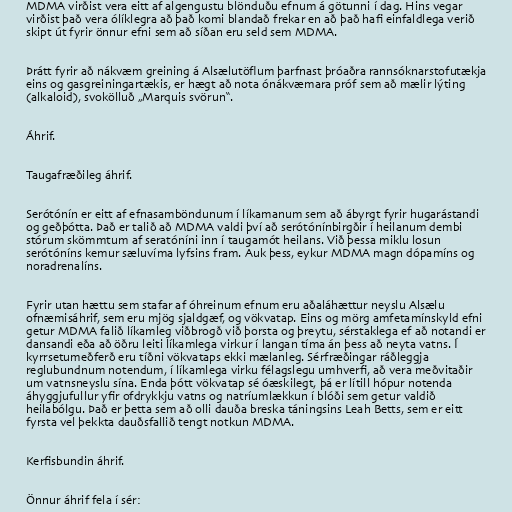
MDMA virðist vera eitt af algengustu blönduðu efnum á götunni í dag. Hins vegar
virðist það vera ólíklegra að það komi blandað frekar en að það hafi einfaldlega verið
skipt út fyrir önnur efni sem að síðan eru seld sem MDMA.

Þrátt fyrir að nákvæm greining á Alsælutöflum þarfnast þróaðra rannsóknarstofutækja
eins og gasgreiningartækis, er hægt að nota ónákvæmara próf sem að mælir lýting
(alkaloid), svokölluð „Marquis svörun“.

Áhrif.

Taugafræðileg áhrif.

Serótónín er eitt af efnasamböndunum í líkamanum sem að ábyrgt fyrir hugarástandi
og geðþótta. Það er talið að MDMA valdi því að serótónínbirgðir í heilanum dembi
stórum skömmtum af seratóníni inn í taugamót heilans. Við þessa miklu losun
serótóníns kemur sæluvíma lyfsins fram. Auk þess, eykur MDMA magn dópamíns og
noradrenalíns.

Fyrir utan hættu sem stafar af óhreinum efnum eru aðaláhættur neyslu Alsælu
ofnæmisáhrif, sem eru mjög sjaldgæf, og vökvatap. Eins og mörg amfetamínskyld efni
getur MDMA falið líkamleg viðbrogð við þorsta og þreytu, sérstaklega ef að notandi er
dansandi eða að öðru leiti líkamlega virkur í langan tíma án þess að neyta vatns. Í
kyrrsetumeðferð eru tíðni vökvataps ekki mælanleg. Sérfræðingar ráðleggja
reglubundnum notendum, í líkamlega virku félagslegu umhverfi, að vera meðvitaðir
um vatnsneyslu sína. Enda þótt vökvatap sé óæskilegt, þá er lítill hópur notenda
áhyggjufullur yfir ofdrykkju vatns og natríumlækkun í blóði sem getur valdið
heilabólgu. Það er þetta sem að olli dauða breska táningsins Leah Betts, sem er eitt
fyrsta vel þekkta dauðsfallið tengt notkun MDMA.

Kerfisbundin áhrif.

Önnur áhrif fela í sér: